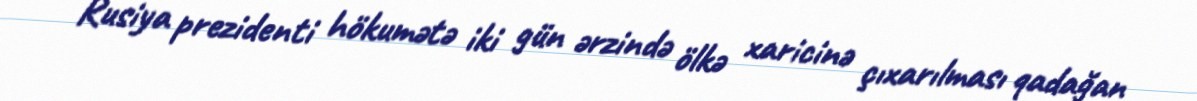
Rusiya prezidenti hökumətə iki gün ərzində ölkə xaricinə çıxarılması qadağan